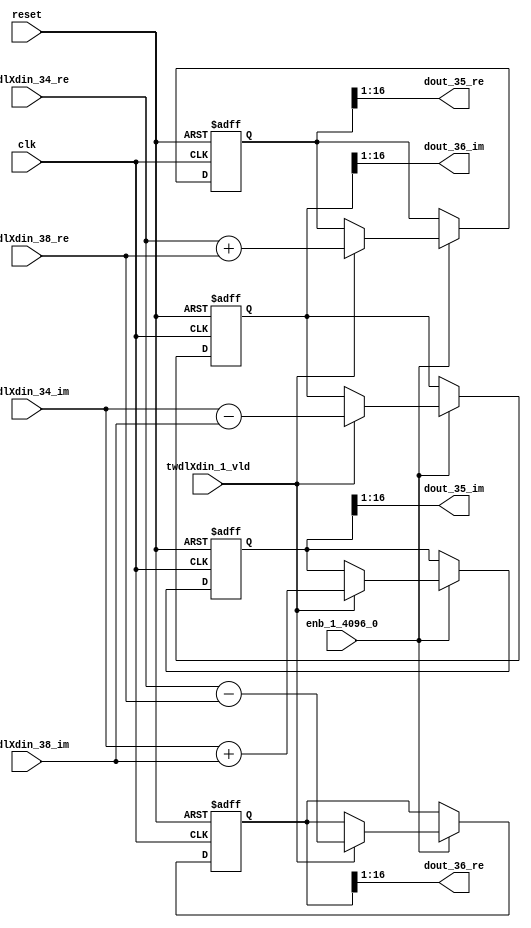
// -------------------------------------------------------------
// 
// 
// Generated by MATLAB 9.14 and HDL Coder 4.1
// 
// -------------------------------------------------------------


// -------------------------------------------------------------
// 
// Module: RADIX22FFT_SDNF1_5_block16
// Source Path: dsphdl.IFFT/RADIX22FFT_SDNF1_5
// Hierarchy Level: 4
// 
// -------------------------------------------------------------

`timescale 1 ns / 1 ns

module RADIX22FFT_SDNF1_5_block16
          (clk,
           reset,
           enb_1_4096_0,
           twdlXdin_34_re,
           twdlXdin_34_im,
           twdlXdin_38_re,
           twdlXdin_38_im,
           twdlXdin_1_vld,
           dout_35_re,
           dout_35_im,
           dout_36_re,
           dout_36_im);


  input   clk;
  input   reset;
  input   enb_1_4096_0;
  input   signed [15:0] twdlXdin_34_re;  // sfix16_En14
  input   signed [15:0] twdlXdin_34_im;  // sfix16_En14
  input   signed [15:0] twdlXdin_38_re;  // sfix16_En14
  input   signed [15:0] twdlXdin_38_im;  // sfix16_En14
  input   twdlXdin_1_vld;
  output  signed [15:0] dout_35_re;  // sfix16_En14
  output  signed [15:0] dout_35_im;  // sfix16_En14
  output  signed [15:0] dout_36_re;  // sfix16_En14
  output  signed [15:0] dout_36_im;  // sfix16_En14


  reg signed [16:0] Radix22ButterflyG1_NF_btf1_re_reg;  // sfix17
  reg signed [16:0] Radix22ButterflyG1_NF_btf1_im_reg;  // sfix17
  reg signed [16:0] Radix22ButterflyG1_NF_btf2_re_reg;  // sfix17
  reg signed [16:0] Radix22ButterflyG1_NF_btf2_im_reg;  // sfix17
  reg  Radix22ButterflyG1_NF_dinXtwdl_vld_dly1;
  reg signed [16:0] Radix22ButterflyG1_NF_btf1_re_reg_next;  // sfix17_En14
  reg signed [16:0] Radix22ButterflyG1_NF_btf1_im_reg_next;  // sfix17_En14
  reg signed [16:0] Radix22ButterflyG1_NF_btf2_re_reg_next;  // sfix17_En14
  reg signed [16:0] Radix22ButterflyG1_NF_btf2_im_reg_next;  // sfix17_En14
  reg  Radix22ButterflyG1_NF_dinXtwdl_vld_dly1_next;
  reg signed [15:0] dout_35_re_1;  // sfix16_En14
  reg signed [15:0] dout_35_im_1;  // sfix16_En14
  reg signed [15:0] dout_36_re_1;  // sfix16_En14
  reg signed [15:0] dout_36_im_1;  // sfix16_En14
  reg  dout_35_vld;
  reg signed [16:0] Radix22ButterflyG1_NF_add_cast;  // sfix17_En14
  reg signed [16:0] Radix22ButterflyG1_NF_add_cast_0;  // sfix17_En14
  reg signed [16:0] Radix22ButterflyG1_NF_sra_temp;  // sfix17_En14
  reg signed [16:0] Radix22ButterflyG1_NF_sub_cast;  // sfix17_En14
  reg signed [16:0] Radix22ButterflyG1_NF_sub_cast_0;  // sfix17_En14
  reg signed [16:0] Radix22ButterflyG1_NF_sra_temp_0;  // sfix17_En14
  reg signed [16:0] Radix22ButterflyG1_NF_add_cast_1;  // sfix17_En14
  reg signed [16:0] Radix22ButterflyG1_NF_add_cast_2;  // sfix17_En14
  reg signed [16:0] Radix22ButterflyG1_NF_sra_temp_1;  // sfix17_En14
  reg signed [16:0] Radix22ButterflyG1_NF_sub_cast_1;  // sfix17_En14
  reg signed [16:0] Radix22ButterflyG1_NF_sub_cast_2;  // sfix17_En14
  reg signed [16:0] Radix22ButterflyG1_NF_sra_temp_2;  // sfix17_En14


  // Radix22ButterflyG1_NF
  always @(posedge clk or posedge reset)
    begin : Radix22ButterflyG1_NF_process
      if (reset == 1'b1) begin
        Radix22ButterflyG1_NF_btf1_re_reg <= 17'sb00000000000000000;
        Radix22ButterflyG1_NF_btf1_im_reg <= 17'sb00000000000000000;
        Radix22ButterflyG1_NF_btf2_re_reg <= 17'sb00000000000000000;
        Radix22ButterflyG1_NF_btf2_im_reg <= 17'sb00000000000000000;
        Radix22ButterflyG1_NF_dinXtwdl_vld_dly1 <= 1'b0;
      end
      else begin
        if (enb_1_4096_0) begin
          Radix22ButterflyG1_NF_btf1_re_reg <= Radix22ButterflyG1_NF_btf1_re_reg_next;
          Radix22ButterflyG1_NF_btf1_im_reg <= Radix22ButterflyG1_NF_btf1_im_reg_next;
          Radix22ButterflyG1_NF_btf2_re_reg <= Radix22ButterflyG1_NF_btf2_re_reg_next;
          Radix22ButterflyG1_NF_btf2_im_reg <= Radix22ButterflyG1_NF_btf2_im_reg_next;
          Radix22ButterflyG1_NF_dinXtwdl_vld_dly1 <= Radix22ButterflyG1_NF_dinXtwdl_vld_dly1_next;
        end
      end
    end

  always @(Radix22ButterflyG1_NF_btf1_im_reg, Radix22ButterflyG1_NF_btf1_re_reg,
       Radix22ButterflyG1_NF_btf2_im_reg, Radix22ButterflyG1_NF_btf2_re_reg,
       Radix22ButterflyG1_NF_dinXtwdl_vld_dly1, twdlXdin_1_vld, twdlXdin_34_im,
       twdlXdin_34_re, twdlXdin_38_im, twdlXdin_38_re) begin
    Radix22ButterflyG1_NF_add_cast = 17'sb00000000000000000;
    Radix22ButterflyG1_NF_add_cast_0 = 17'sb00000000000000000;
    Radix22ButterflyG1_NF_sub_cast = 17'sb00000000000000000;
    Radix22ButterflyG1_NF_sub_cast_0 = 17'sb00000000000000000;
    Radix22ButterflyG1_NF_add_cast_1 = 17'sb00000000000000000;
    Radix22ButterflyG1_NF_add_cast_2 = 17'sb00000000000000000;
    Radix22ButterflyG1_NF_sub_cast_1 = 17'sb00000000000000000;
    Radix22ButterflyG1_NF_sub_cast_2 = 17'sb00000000000000000;
    Radix22ButterflyG1_NF_btf1_re_reg_next = Radix22ButterflyG1_NF_btf1_re_reg;
    Radix22ButterflyG1_NF_btf1_im_reg_next = Radix22ButterflyG1_NF_btf1_im_reg;
    Radix22ButterflyG1_NF_btf2_re_reg_next = Radix22ButterflyG1_NF_btf2_re_reg;
    Radix22ButterflyG1_NF_btf2_im_reg_next = Radix22ButterflyG1_NF_btf2_im_reg;
    Radix22ButterflyG1_NF_dinXtwdl_vld_dly1_next = twdlXdin_1_vld;
    if (twdlXdin_1_vld) begin
      Radix22ButterflyG1_NF_add_cast = {twdlXdin_34_re[15], twdlXdin_34_re};
      Radix22ButterflyG1_NF_add_cast_0 = {twdlXdin_38_re[15], twdlXdin_38_re};
      Radix22ButterflyG1_NF_btf1_re_reg_next = Radix22ButterflyG1_NF_add_cast + Radix22ButterflyG1_NF_add_cast_0;
      Radix22ButterflyG1_NF_sub_cast = {twdlXdin_34_re[15], twdlXdin_34_re};
      Radix22ButterflyG1_NF_sub_cast_0 = {twdlXdin_38_re[15], twdlXdin_38_re};
      Radix22ButterflyG1_NF_btf2_re_reg_next = Radix22ButterflyG1_NF_sub_cast - Radix22ButterflyG1_NF_sub_cast_0;
      Radix22ButterflyG1_NF_add_cast_1 = {twdlXdin_34_im[15], twdlXdin_34_im};
      Radix22ButterflyG1_NF_add_cast_2 = {twdlXdin_38_im[15], twdlXdin_38_im};
      Radix22ButterflyG1_NF_btf1_im_reg_next = Radix22ButterflyG1_NF_add_cast_1 + Radix22ButterflyG1_NF_add_cast_2;
      Radix22ButterflyG1_NF_sub_cast_1 = {twdlXdin_34_im[15], twdlXdin_34_im};
      Radix22ButterflyG1_NF_sub_cast_2 = {twdlXdin_38_im[15], twdlXdin_38_im};
      Radix22ButterflyG1_NF_btf2_im_reg_next = Radix22ButterflyG1_NF_sub_cast_1 - Radix22ButterflyG1_NF_sub_cast_2;
    end
    Radix22ButterflyG1_NF_sra_temp = Radix22ButterflyG1_NF_btf1_re_reg >>> 8'd1;
    dout_35_re_1 = Radix22ButterflyG1_NF_sra_temp[15:0];
    Radix22ButterflyG1_NF_sra_temp_0 = Radix22ButterflyG1_NF_btf1_im_reg >>> 8'd1;
    dout_35_im_1 = Radix22ButterflyG1_NF_sra_temp_0[15:0];
    Radix22ButterflyG1_NF_sra_temp_1 = Radix22ButterflyG1_NF_btf2_re_reg >>> 8'd1;
    dout_36_re_1 = Radix22ButterflyG1_NF_sra_temp_1[15:0];
    Radix22ButterflyG1_NF_sra_temp_2 = Radix22ButterflyG1_NF_btf2_im_reg >>> 8'd1;
    dout_36_im_1 = Radix22ButterflyG1_NF_sra_temp_2[15:0];
    dout_35_vld = Radix22ButterflyG1_NF_dinXtwdl_vld_dly1;
  end



  assign dout_35_re = dout_35_re_1;

  assign dout_35_im = dout_35_im_1;

  assign dout_36_re = dout_36_re_1;

  assign dout_36_im = dout_36_im_1;

endmodule  // RADIX22FFT_SDNF1_5_block16